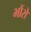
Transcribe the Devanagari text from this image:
भौंरों